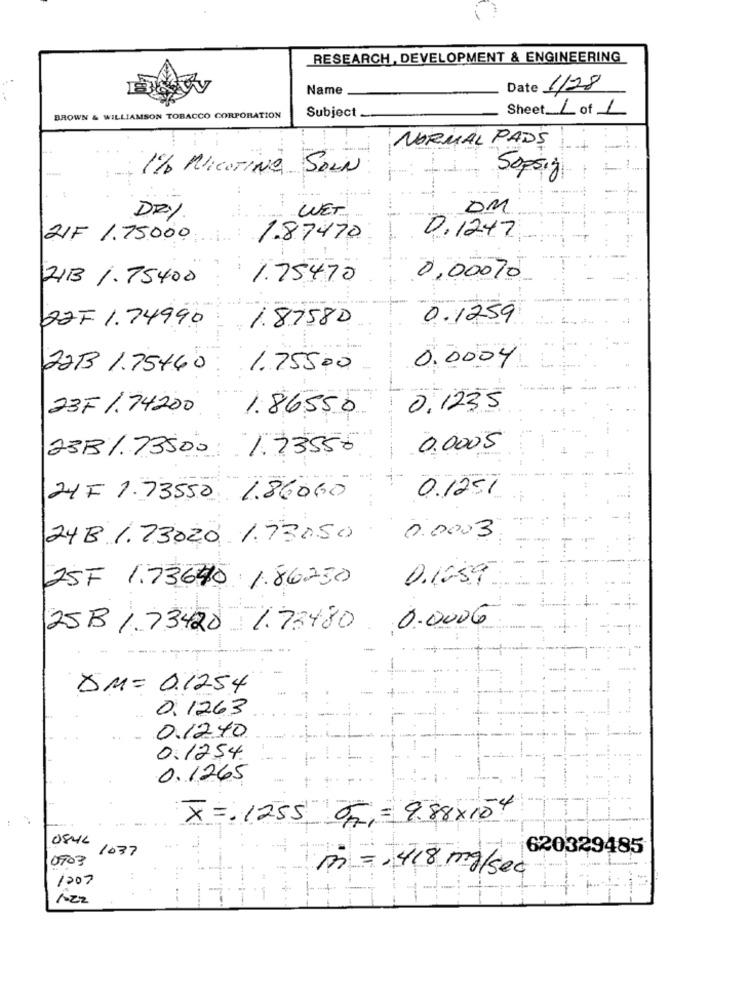
RESEARCH , DEVELOPMENT & ENGINEERING
Name
Date 1/28
Subject
Sheet L of L
BROWN & WILLIAMSON TOBACCO CORPORATION
NORMAL PADS
1% NICOTINA SOLN
Sopsig
OM
DRY
WET
21F 1.75000
1.87470
0.1247
211B 1. 75400
1.75470
0,00070
0.1259
227.1.74990
1.87580
2213 1.75460
1.75500
0.0004
23F /.74200
1.86550
0.1235
0.0005
23B/. 73500
1. 23550
24F 1.73550 1.86060
Nº 1 0.1251
24B 1.73020 1.73050 0.0003
-
25F 1.73640.1.86250
0.1659
25B / 73420 1.73480 0.0006
DM= 0.1254
0. 1263
0.1240
0.1254.
0.1265
X = 1255 OF, = 9.88 × 10 4
0846
1037
620329485
0903
m =, 418 mg/sec
1207